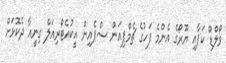
ވޯލްޑް ކަޕާއި ޔޫރޯގެ އެންމެ ފަހުގެ ޗެމްޕިއަން ސްޕެއިން އީކުއެޓޯރިއަލް ގިނީއާ ދެކޮޅަށް